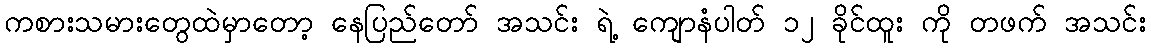
ကစားသမားတွေထဲမှာတော့ နေပြည်တော် အသင်း ရဲ့ ကျောနံပါတ် ၁၂ ခိုင်ထူး ကို တဖက် အသင်း